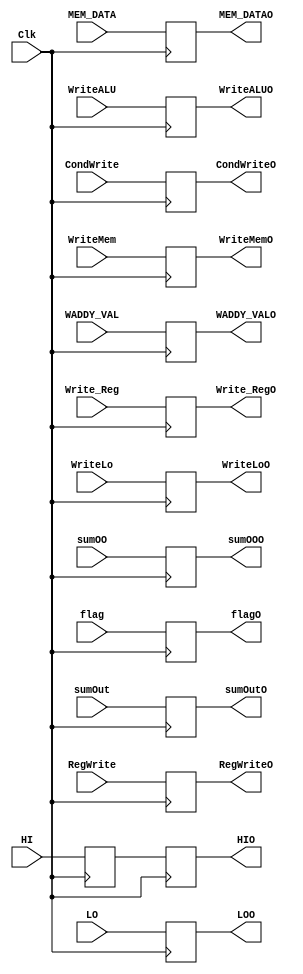
`timescale 1ns / 1ps
//////////////////////////////////////////////////////////////////////////////////
// Engineers: James Fulton, Raphael Lepercq, & Wilson Liao 
//////////////////////////////////////////////////////////////////////////////////

module MEMWB(RegWrite, flag, CondWrite, WriteLo, WriteMem, WriteALU, HI, LO, MEM_DATA, WADDY_VAL, Write_Reg
            , RegWriteO, flagO, CondWriteO, WriteLoO, WriteMemO, WriteALUO, HIO, LOO
            , MEM_DATAO, WADDY_VALO, Write_RegO, Clk, sumOO, sumOOO, sumOut, sumOutO);
            
            input Clk, RegWrite, flag, CondWrite, WriteLo, WriteMem, WriteALU, sumOO;
            input [4:0] Write_Reg;
            input [31:0] HI, LO, MEM_DATA, WADDY_VAL, sumOut;
            
            output reg RegWriteO, flagO, CondWriteO, WriteLoO, WriteMemO, WriteALUO, sumOOO;
            output reg [4:0] Write_RegO;
            output reg [31:0] HIO, LOO, MEM_DATAO, WADDY_VALO, sumOutO;
           
            reg RegWriteR, flagR, CondWriteR, WriteLoR, WriteMemR, WriteALUR;
            reg [4:0] Write_RegR;
            reg [31:0] HIR, LOR, MEM_DATAR, WADDY_VALR;
            
            always @(posedge Clk) begin
            
                RegWriteO <= RegWrite;
                
                flagO <= flag;
                
                CondWriteO <= CondWrite;
                
                WriteLoO <= WriteLo;
                
                WriteMemO <= WriteMem;
                
                WriteALUO <= WriteALU;
            
                Write_RegO <= Write_Reg;
                
                HIO <= HIR;
                
                LOO <= LO;
                
                MEM_DATAO <= MEM_DATA;
                
                WADDY_VALO <= WADDY_VAL;
                
                sumOOO <= sumOO;
                
                sumOutO <= sumOut;
                
                
                RegWriteR <= RegWrite;
              
                flagR <= flag;
               
                CondWriteR <= CondWrite;
               
                WriteLoR <= WriteLo;
              
                WriteMemR <= WriteMem;
              
                WriteALUR <= WriteALU;
             
                Write_RegR <= Write_Reg;
               
                HIR <= HI;
               
                LOR <= LO;
               
                MEM_DATAR <= MEM_DATA;
           
                WADDY_VALR <= WADDY_VAL;
            end
endmodule